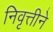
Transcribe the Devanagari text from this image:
निवृत्तीने